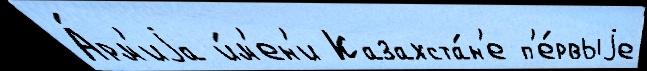
А́рм'иjа и́м'ен'и Казахста́н'е п'е́рвыjе